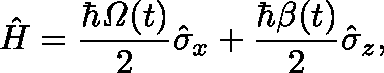
\hat { H } = \frac { \hbar \mathit { \Omega } ( t ) } { 2 } \hat { \sigma } _ { x } + \frac { \hbar \beta ( t ) } { 2 } \hat { \sigma } _ { z } ,